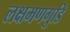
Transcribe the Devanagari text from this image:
लक्षमणगुडि